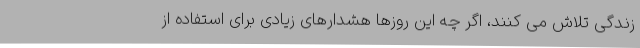
زندگی تلاش می کنند، اگر چه این روزها هشدارهای زیادی برای استفاده از